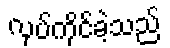
လုပ်ကိုင်ခဲ့သည်